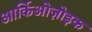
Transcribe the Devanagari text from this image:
आर्किओज़ोइक